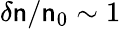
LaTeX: \delta\mathsf{n}/\mathsf{n}_{0}\sim1